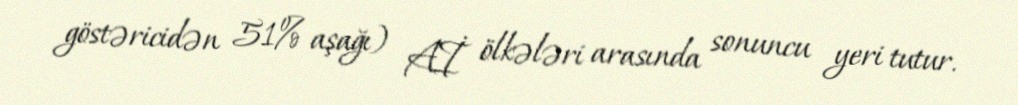
göstəricidən 51% aşağı) Aİ ölkələri arasında sonuncu yeri tutur.